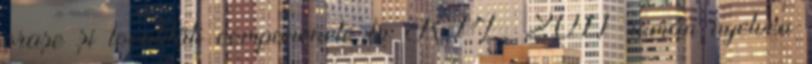
oraşe şi localităti componenete la RPL 2011 román nyelven